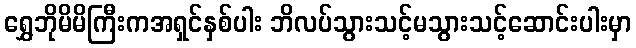
ရွှေဘိုမိမိကြီးကအရှင်နှစ်ပါး ဘိလပ်သွားသင့်မသွားသင့်ဆောင်းပါးမှာ